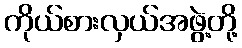
ကိုယ်စားလှယ်အဖွဲ့တို့